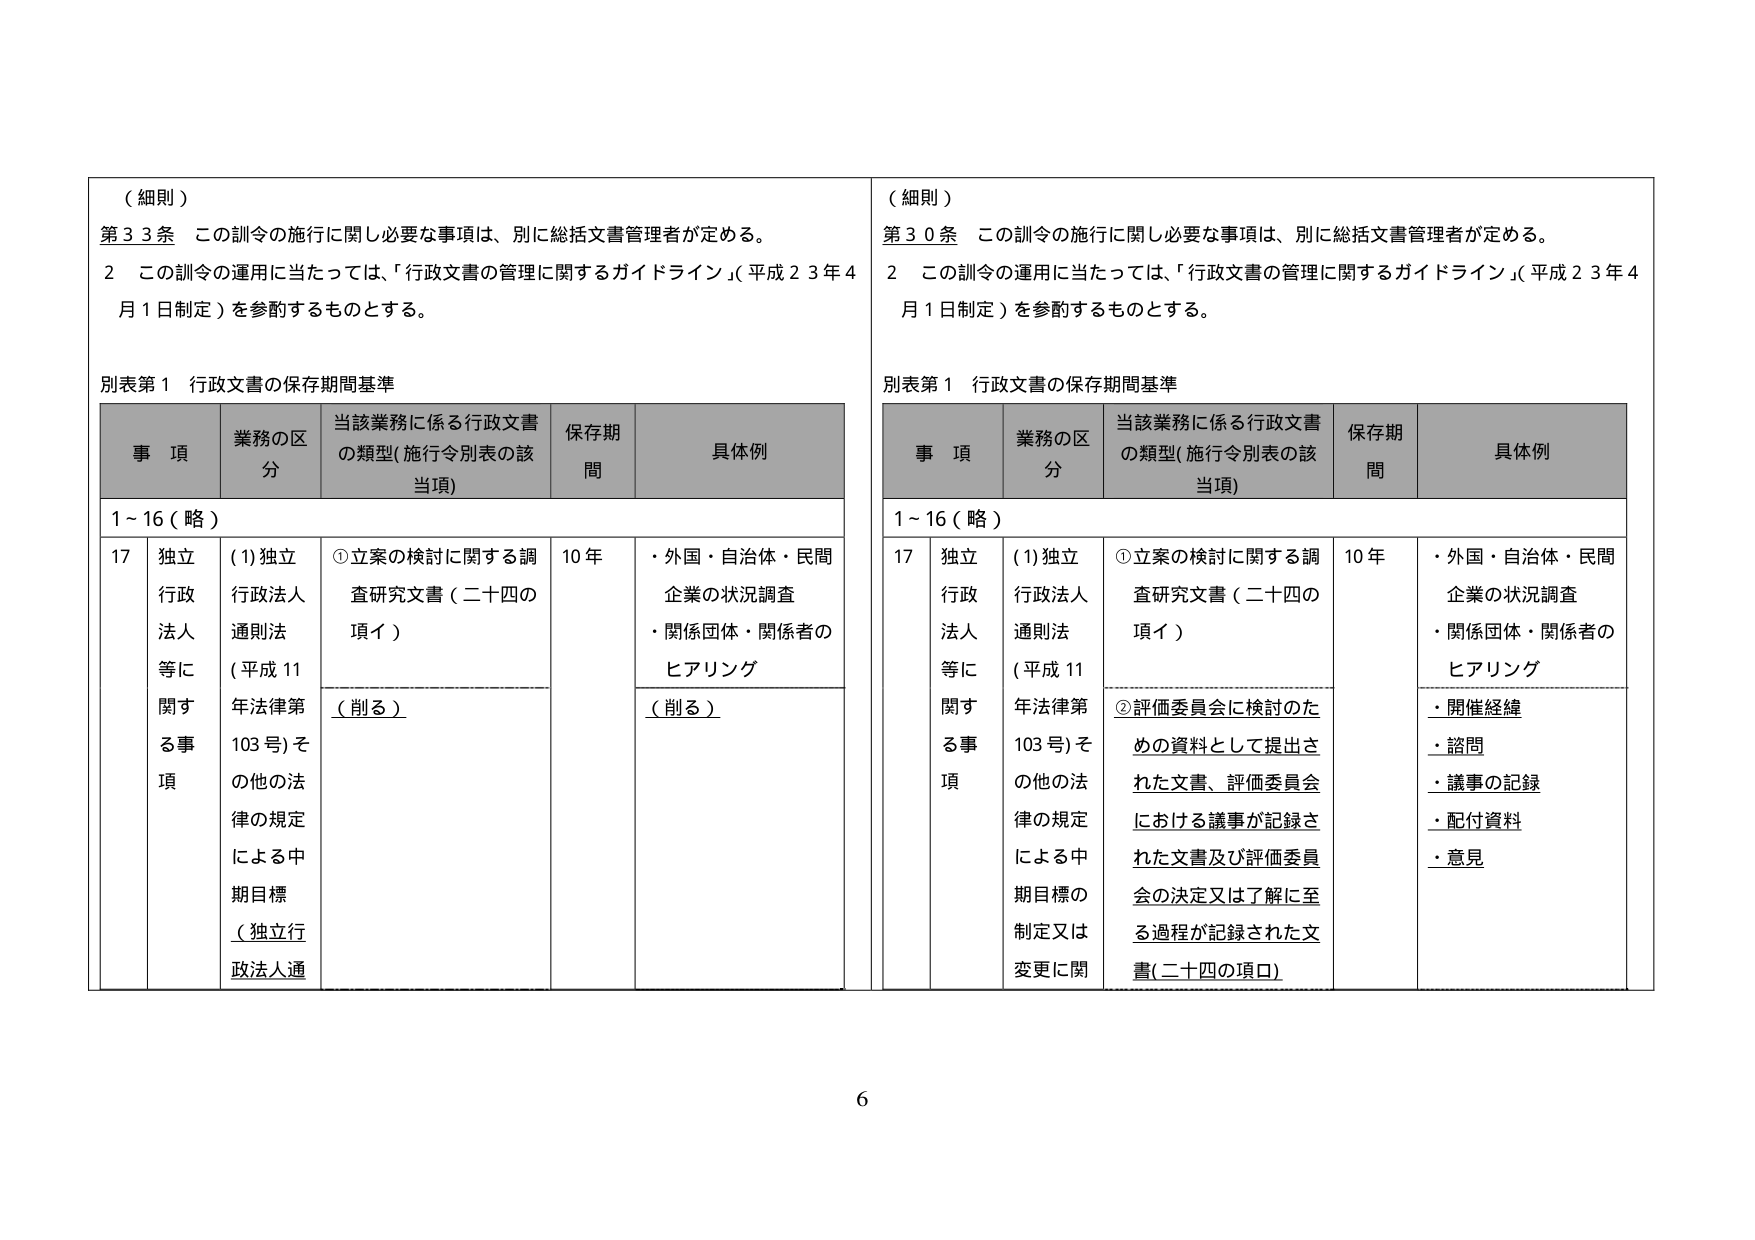
（細則）
第33条 この訓令の施行に関し必要な事項は、別に総括文書管理者が定める。
2 この訓令の運用に当たっては、「行政文書の管理に関するガイドライン」（平成23年4月1日制定）を参酌するものとする。

別表第1 行政文書の保存期間基準

事項 業務の区分 当該業務に係る行政文書の類型（施行令別表の該当項） 保存期間 具体例
1～16（略）
17 独立行政法人等に関する事項 (1)独立行政法人通則法（平成11年法律第103号）その他の法律の規定による中期目標（独立行政法人通 ①立案の検討に関する調査研究文書（二十四の項イ） 10年 ・外国・自治体・民間企業の状況調査 ・関係団体・関係者のヒアリング （削る） （削る）

（細則）
第30条 この訓令の施行に関し必要な事項は、別に総括文書管理者が定める。
2 この訓令の運用に当たっては、「行政文書の管理に関するガイドライン」（平成23年4月1日制定）を参酌するものとする。

別表第1 行政文書の保存期間基準

事項 業務の区分 当該業務に係る行政文書の類型（施行令別表の該当項） 保存期間 具体例
1～16（略）
17 独立行政法人等に関する事項 (1)独立行政法人通則法（平成11年法律第103号）その他の法律の規定による中期目標の制定又は変更に関 ①立案の検討に関する調査研究文書（二十四の項イ） 10年 ・外国・自治体・民間企業の状況調査 ・関係団体・関係者のヒアリング ②評価委員会に検討のための資料として提出された文書、評価委員会における議事が記録された文書及び評価委員会の決定又は了解に至る過程が記録された文書（二十四の項ロ） ・開催経緯 ・諮問 ・議事の記録 ・配付資料 ・意見

6